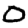
Digit: 0